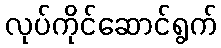
လုပ်ကိုင်ဆောင်ရွက်